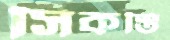
সিকস্তি